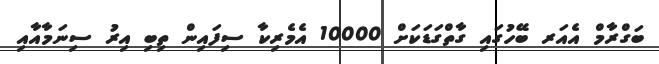
ބަގްރާމް އެއަރ ބޭހުގައި ގާތްގަޑަކަށް 10000 އެމެރިކާ ސިފައިން ތިބި އިރު ސިނަމާއާއި